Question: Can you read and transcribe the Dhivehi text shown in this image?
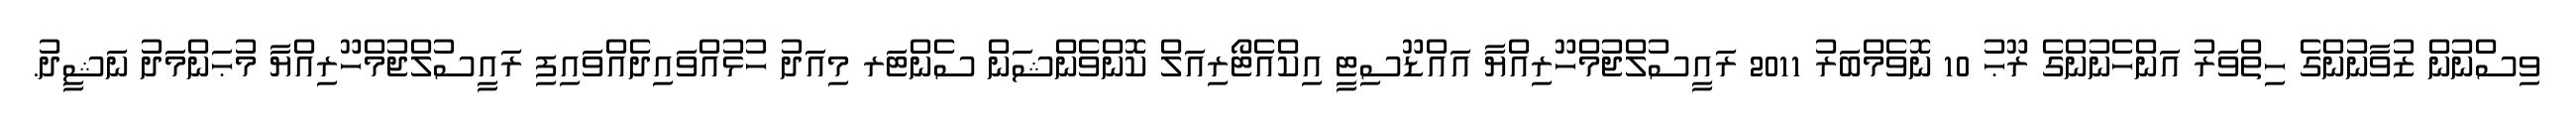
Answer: ވިސްނުން ޒުވާނުންގެ ހިތްވަރު އަންހެނުންގެ ރޫޙު 10 ނޮވެމްބަރު 2011 ރައީސުލްޖުމްހޫރިއްޔާ އައްޑޫސިޓީ އިކްއެޓޯރިއަލް ކޮންވެންޝަން ސެންޓަރ މިއަދު ހުޅުއްވައިދެއްވައިފި ރައީސުލްޖުމްހޫރިއްޔާ މުޙަންމަދު ނަޝީދު.